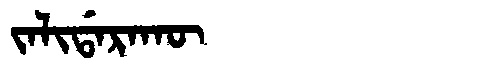
Manchu: ᠵᠠᠯᡳᡩᠠᡵᠠᡴᡡ
Romanization: JALIDARAKŪ